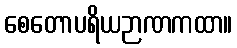
စေတောပရိယဉာဏကထာ။